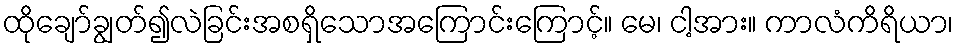
ထိုချော်ချွတ်၍လဲခြင်းအစရှိသောအကြောင်းကြောင့်။ မေ၊ ငါ့အား။ ကာလံကိရိယာ၊